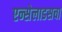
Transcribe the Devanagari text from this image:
एन्सेलाडसचा